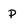
Character: P